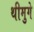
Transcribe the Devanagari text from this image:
थीमुगे